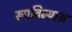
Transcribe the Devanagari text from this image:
रूपविन्यास